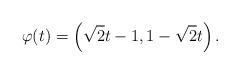
LaTeX: \begin{align*}\varphi(t) = \left(\sqrt 2 t - 1, 1 - \sqrt 2 t\right).\end{align*}